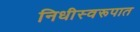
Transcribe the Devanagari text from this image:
निधीस्वरूपात